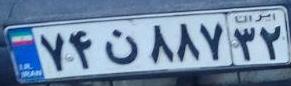
۷۴ن۸۸۷۳۲